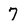
Character: 7